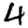
Digit: 4